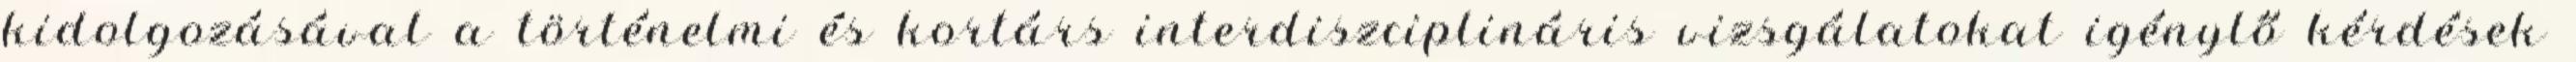
kidolgozásával a történelmi és kortárs interdiszciplináris vizsgálatokat igénylő kérdések